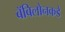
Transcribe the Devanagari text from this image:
बॅबिलोनकडे